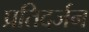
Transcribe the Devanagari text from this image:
प्रतिदर्जन